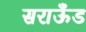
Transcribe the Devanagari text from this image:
सराऊँड